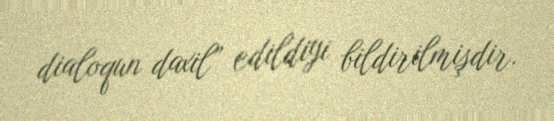
dialoqun daxil” edildiyi bildirilmişdir.